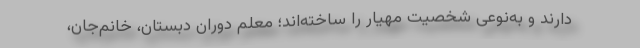
دارند و به‌نوعی شخصیت مهیار را ساخته‌اند؛ معلم دوران دبستان، خانم‌جان،